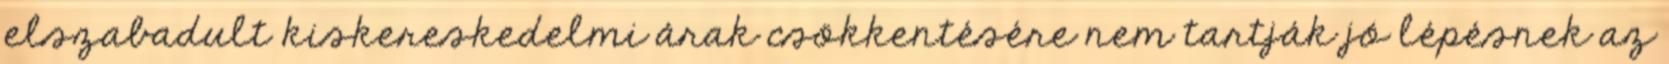
elszabadult kiskereskedelmi árak csökkentésére nem tartják jó lépésnek az